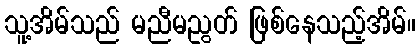
သူ့အိမ်သည် မညီမညွတ် ဖြစ်နေသည့်အိမ်။